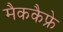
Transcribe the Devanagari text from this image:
मैककैफ्रे